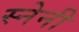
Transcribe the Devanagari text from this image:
स्नेनी